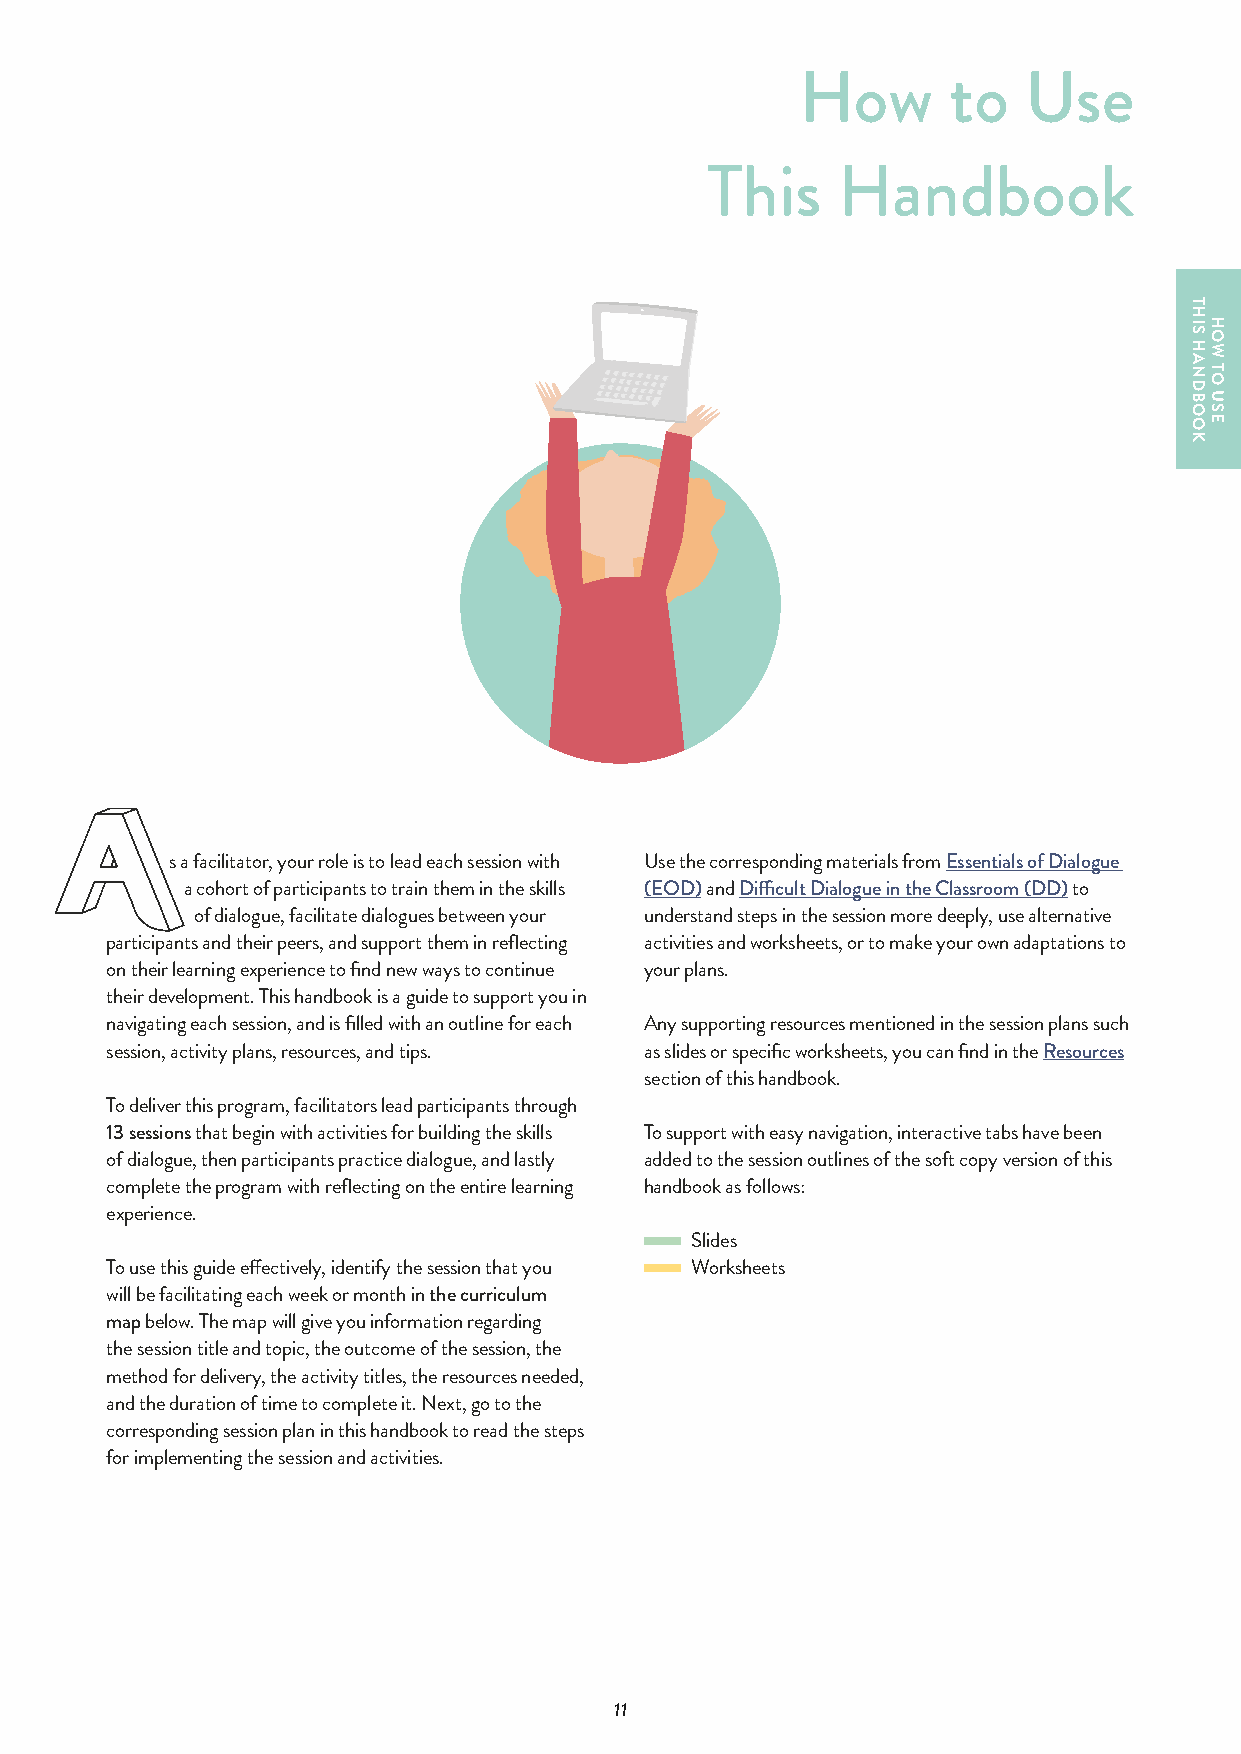
How       to   Use
 This    Handbook
 s a facilitator, your role is to lead each session with Use the corresponding materials from Essentials of Dialogue
 a cohort of participants to train them in the skills (EOD) and Difficult Dialogue in the Classroom (DD) to
 of dialogue, facilitate dialogues between your understand steps in the session more deeply, use alternative
 participants and their peers, and support them in reflecting activities and worksheets, or to make your own adaptations to
 on their learning experience to find new ways to continue your plans.
 their development. This handbook is a guide to support you in
 navigating each session, and is filled with an outline for each Any supporting resources mentioned in the session plans such
 session, activity plans, resources, and tips. as slides or specific worksheets, you can find in the Resources
 section of this handbook.
 To deliver this program, facilitators lead participants through
 13 sessions that begin with activities for building the skills To support with easy navigation, interactive tabs have been
 of dialogue, then participants practice dialogue, and lastly added to the session outlines of the soft copy version of this
 complete the program with reflecting on the entire learning handbook as follows:
 experience.
 Slides
 To use this guide effectively, identify the session that you Worksheets
 will be facilitating each week or month in the curriculum
 map below. The map will give you information regarding
 the session title and topic, the outcome of the session, the
 method for delivery, the activity titles, the resources needed,
 and the duration of time to complete it. Next, go to the
 corresponding session plan in this handbook to read the steps
 for implementing the session and activities.
 11
 THIS
 HANDBOOK
 HOW
 TO
 USE